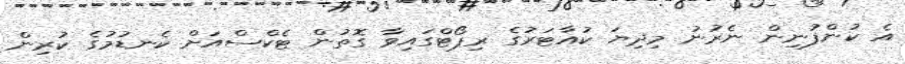
އެ ކުންފުނިން ނެރުނު މިދިޔަ ކުއާޓަރުގެ ރިޕޯޓްގައިވާ ގޮތުން ޓެކްސްއަށް ކެނޑުމުގެ ކުރިން